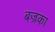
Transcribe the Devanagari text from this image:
बज्रका